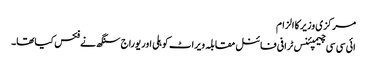
مرکزی وزیر کا الزام
ائی سی سی چیمپئنس ٹرافی فائنل مقابلہ ویراٹ کوہلی اور یوراج سنگھ نے فکس کیاتھا۔